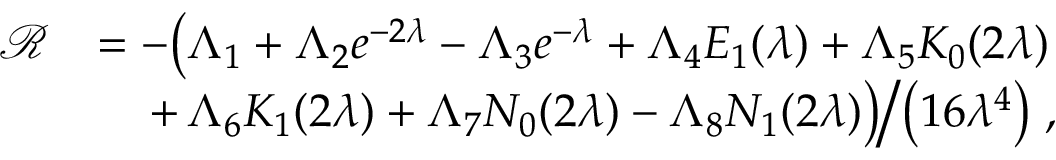
\begin{array} { r l } { \mathcal { R } } & { = - \big ( \Lambda _ { 1 } + \Lambda _ { 2 } e ^ { - 2 \lambda } - \Lambda _ { 3 } e ^ { - \lambda } + \Lambda _ { 4 } E _ { 1 } ( \lambda ) + \Lambda _ { 5 } K _ { 0 } ( 2 \lambda ) } \\ & { \quad \left. + \, \Lambda _ { 6 } K _ { 1 } ( 2 \lambda ) + \Lambda _ { 7 } N _ { 0 } ( 2 \lambda ) - \Lambda _ { 8 } N _ { 1 } ( 2 \lambda ) \big ) \middle / \left( 1 6 \lambda ^ { 4 } \right) \right. , } \end{array}